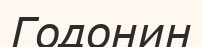
Годонин